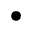
\bullet